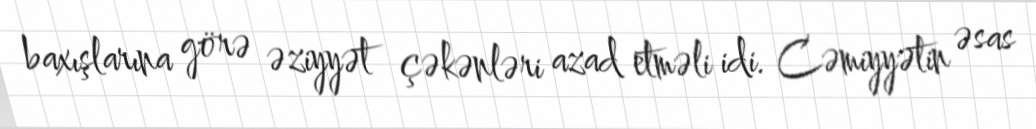
baxışlarına görə əziyyət çəkənləri azad etməli idi. Cəmiyyətin əsas